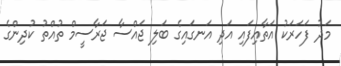
މަދު ފަހަރަކު އަތާއިފައި އަދި އަނގައިގެ ބަލި ޖައްސާ ޖަރާސީމް ތުއްތު ކުދިންގެ